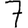
Digit: 7